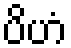
ပိဟံ